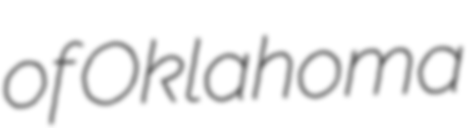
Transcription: of Oklahoma